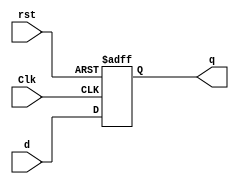
module Register #(parameter DATA_WIDTH=32)(
	output reg [DATA_WIDTH-1:0] q,
	input [DATA_WIDTH-1:0] d,
	input Clk, rst
);

	 always@(posedge Clk, posedge rst) begin
		if(rst) begin
			q <= 0;
		end
		else begin
			q <= d;
		end
	 end

endmodule